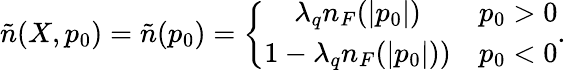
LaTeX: \tilde{n}(X,p_{0})=\tilde{n}(p_{0})=\left\{ \begin{array}{cc}{{\lambda_{q}n_{F}(|p_{0}|)}}&{{p_{0}>0}}\\ {{1-\lambda_{q}n_{F}(|p_{0}|))}}&{{p_{0}<0}}\end{array}\right..